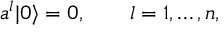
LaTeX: a ^ { l } | 0 \rangle = 0 , \qquad l = 1 , \ldots , n ,